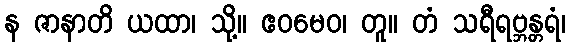
န ဇာနာတိ ယထာ၊ သို့။ ဧဝမေဝ၊ တူ။ တံ သရီရဗ္ဘန္တရံ၊